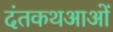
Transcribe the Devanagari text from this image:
दंतकथआओं